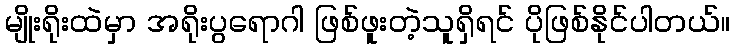
မျိုးရိုးထဲမှာ အရိုးပွရောဂါ ဖြစ်ဖူးတဲ့သူရှိရင် ပိုဖြစ်နိုင်ပါတယ်။